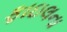
ફાઇલના